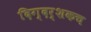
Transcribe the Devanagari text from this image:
दिग्दर्शकच